Torma_(Votikvere)_vallavalitsus, lk 20
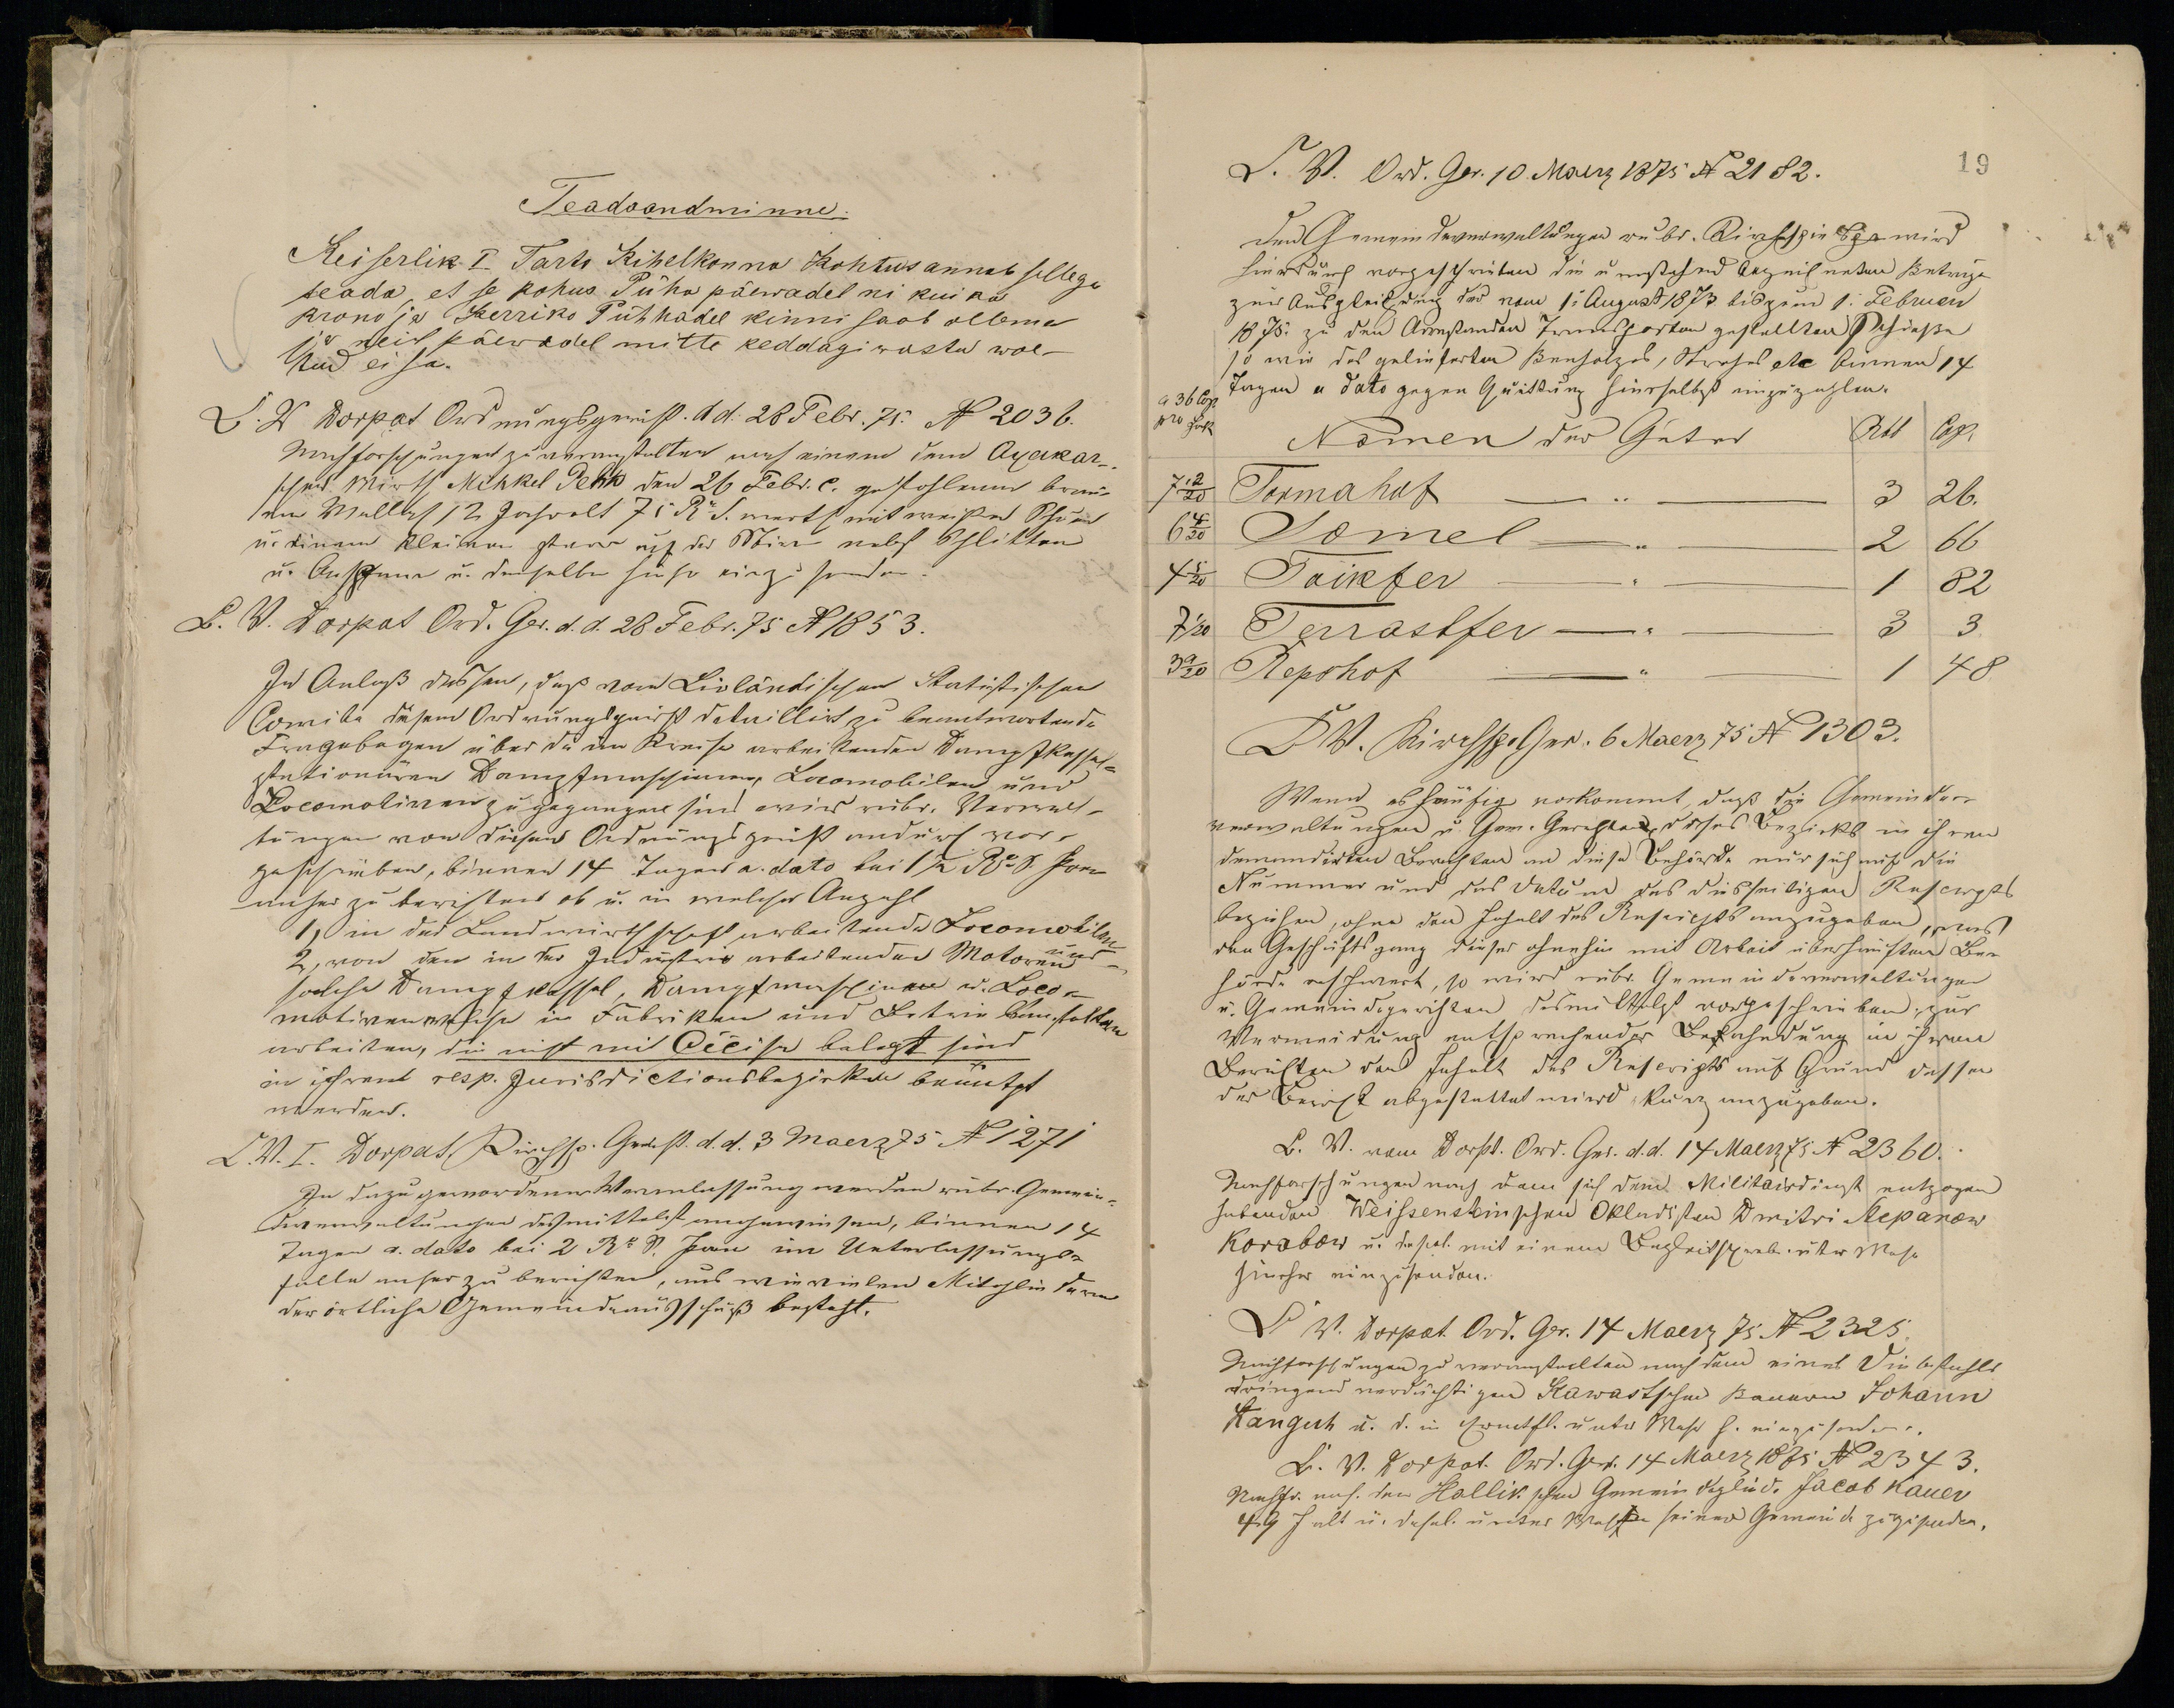
Teadaandminne.
Keiserlik I Tarto Kihelkonna Kohtus annab sellega
teada, et se kohus Pühapäewadel ni kui na
krono ja Kerriko Pühhadel kinni saab ollema
ja neil päewadel mitte keddagi wastu woe-
tud ei sa.